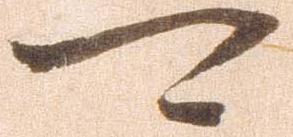
可